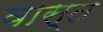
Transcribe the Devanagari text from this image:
वास्त